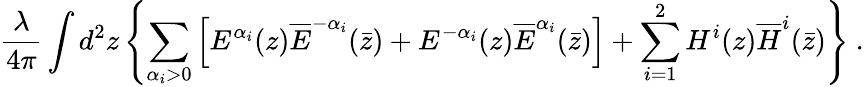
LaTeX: \frac{\lambda}{4\pi}\int d^{2}z\left\{ \sum_{\alpha_{i}>0}\left[E^{\alpha_{i}}(z)\overline{{{E}}}^{-\alpha_{i}}(\bar{z})+E^{-\alpha_{i}}(z)\overline{{{E}}}^{\alpha_{i}}(\bar{z})\right]+\sum_{i=1}^{2}H^{i}(z)\overline{{{H}}}^{i}(\bar{z})\right\} \ .